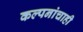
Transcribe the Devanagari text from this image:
कल्पनांचाही